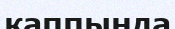
қаппында